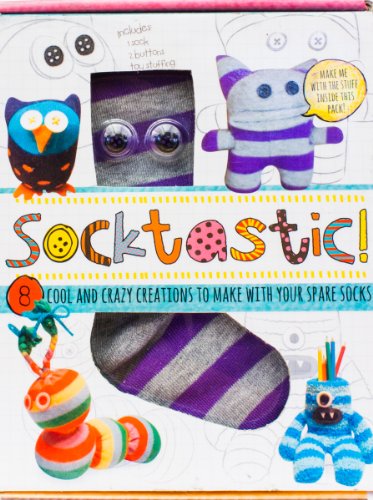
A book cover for Socktastic: 8 Cool and Crazy Creations to Make with your Spare Socks! (Scary Cute); Parragon Books; Crafts, Hobbies & Home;